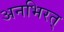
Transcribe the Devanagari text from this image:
अनभिरत्